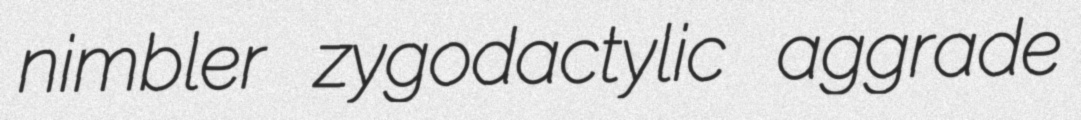
nimbler zygodactylic aggrade